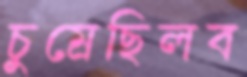
চুম্‌রেছিলব